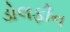
ડોલફીન